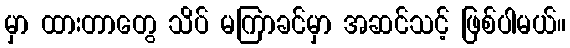
မှာ ထားတာတွေ သိပ် မကြာခင်မှာ အဆင်သင့် ဖြစ်ပါမယ်။